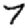
Digit: 7